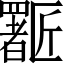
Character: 𱑈